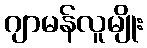
ဂျာမန်လူမျိုး